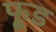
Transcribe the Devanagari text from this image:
फू़्ड